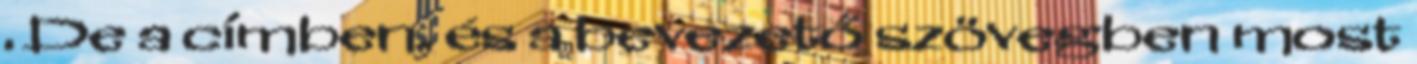
. De a címben, és a bevezető szövegben most